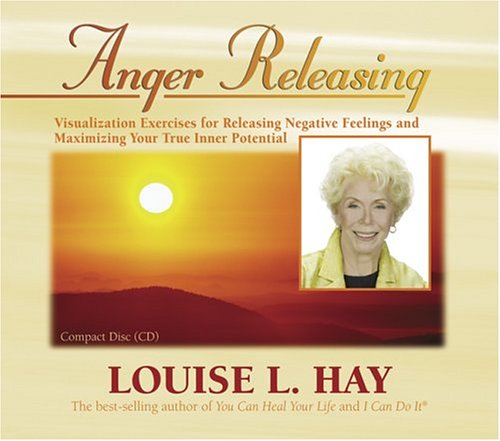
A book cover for Anger Releasing; Louise Hay; Self-Help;